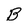
Character: B